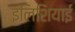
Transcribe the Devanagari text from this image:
इलिशियाई